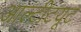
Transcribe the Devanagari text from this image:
आल्टीटयूट